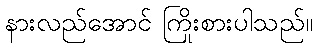
နားလည်အောင် ကြိုးစားပါသည်။